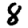
Digit: 8